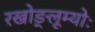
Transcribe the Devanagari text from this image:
रखोङ्लूम्योः